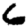
Digit: 6